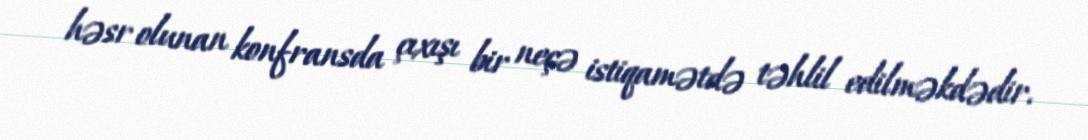
həsr olunan konfransda çıxışı bir neçə istiqamətdə təhlil edilməkdədir.